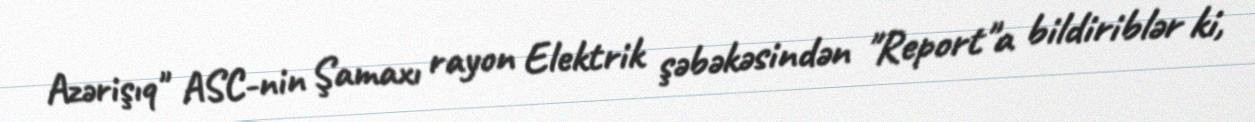
Azərişıq" ASC-nin Şamaxı rayon Elektrik şəbəkəsindən "Report"a bildiriblər ki,